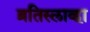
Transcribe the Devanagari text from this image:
ब्रतिस्लाव्हा